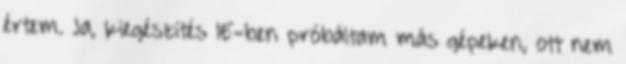
értem. Ja, kiegészítés IE-ben próbáltam más gépeken, ott nem